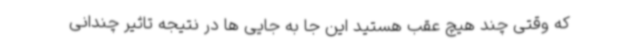
که وقتی چند هیچ عقب هستید این جا به جایی ها در نتیجه تاثیر چندانی